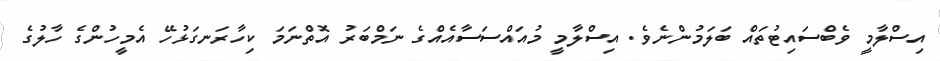
އިސްލާމީ ވެބްސައިޓުތައް ބަލަމުންނެވެ. އިސްލާމީ މުއައްސަސާއެއްގެ ނަމްބަރު އޮތްނަމަ ކިހާރަނގަޅުހޭ އެމީހުންގެ ހާލުގެ